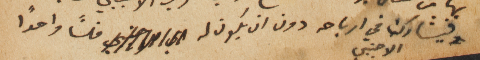
فيشارك في ارباحه دون ان يكون له فلساً واحداً